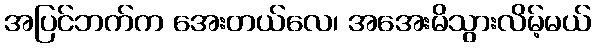
အပြင်ဘက်က အေးတယ်လေ၊ အအေးမိသွားလိမ့်မယ်